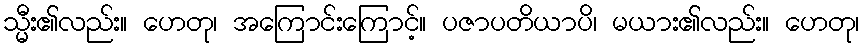
သ္မီး၏လည်း။ ဟေတု၊ အကြောင်းကြောင့်။ ပဇာပတိယာပိ၊ မယား၏လည်း။ ဟေတု၊